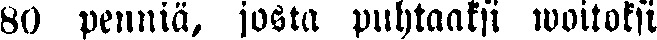
80 penniä, josta puhtaaksi woitoksi